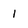
Character: 1